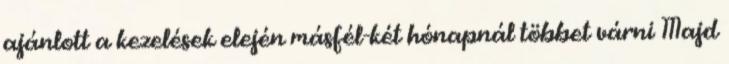
ajánlott a kezelések elején másfél-két hónapnál többet várni Majd